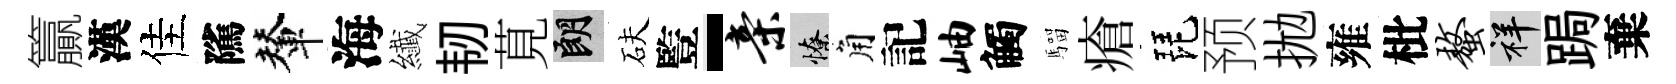
籯漢佳隲輦海纎韧莧朗砆䜿-亲憭角記岫觸騮瘡琵预拋雍枇螯祥跼棄